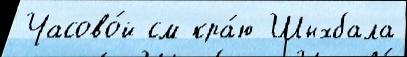
Часово́й см кра́ю Шыхбала